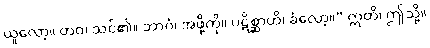
ယူလော့။ တဝ၊ သင်၏။ ဘာဂံ၊ အဖို့ကို။ ပဋိစ္ဆာဟိ၊ ခံလော့။” ဣတိ၊ ဤသို့။